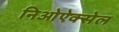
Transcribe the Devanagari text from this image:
निओऐक्सेल